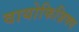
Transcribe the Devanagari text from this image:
वायोफिज़िक्स